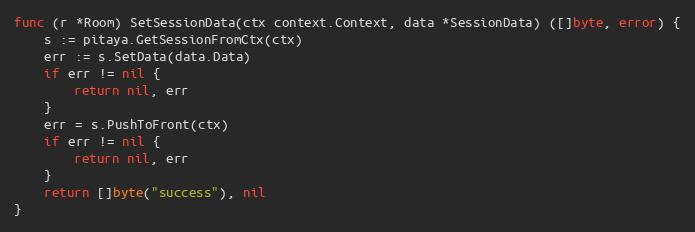
Language: Go
func (r *Room) SetSessionData(ctx context.Context, data *SessionData) ([]byte, error) {
	s := pitaya.GetSessionFromCtx(ctx)
	err := s.SetData(data.Data)
	if err != nil {
		return nil, err
	}
	err = s.PushToFront(ctx)
	if err != nil {
		return nil, err
	}
	return []byte("success"), nil
}